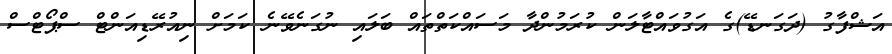
އަޝްފާގު (ދަގަނޑޭ)ގެ އަގުވައްޓާލަން ކުރަމުންދާ މަސައްކަތްތައް ބަލައި ނުގަނެވޭނެ ކަމަށް ނިއުރޭޑިއަންޓް ސްޕޯޓްސް